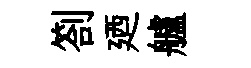
劄廼艫